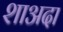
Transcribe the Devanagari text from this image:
शाअदा